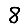
Digit: 8